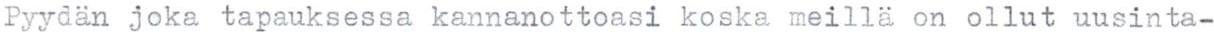
Pyydän joka tapauksessa kannanottoasi koska meillä on ollut uusinta-